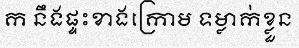
ក នឹងផ្ទះខាងក្រោម ទម្លាក់ខ្លួន